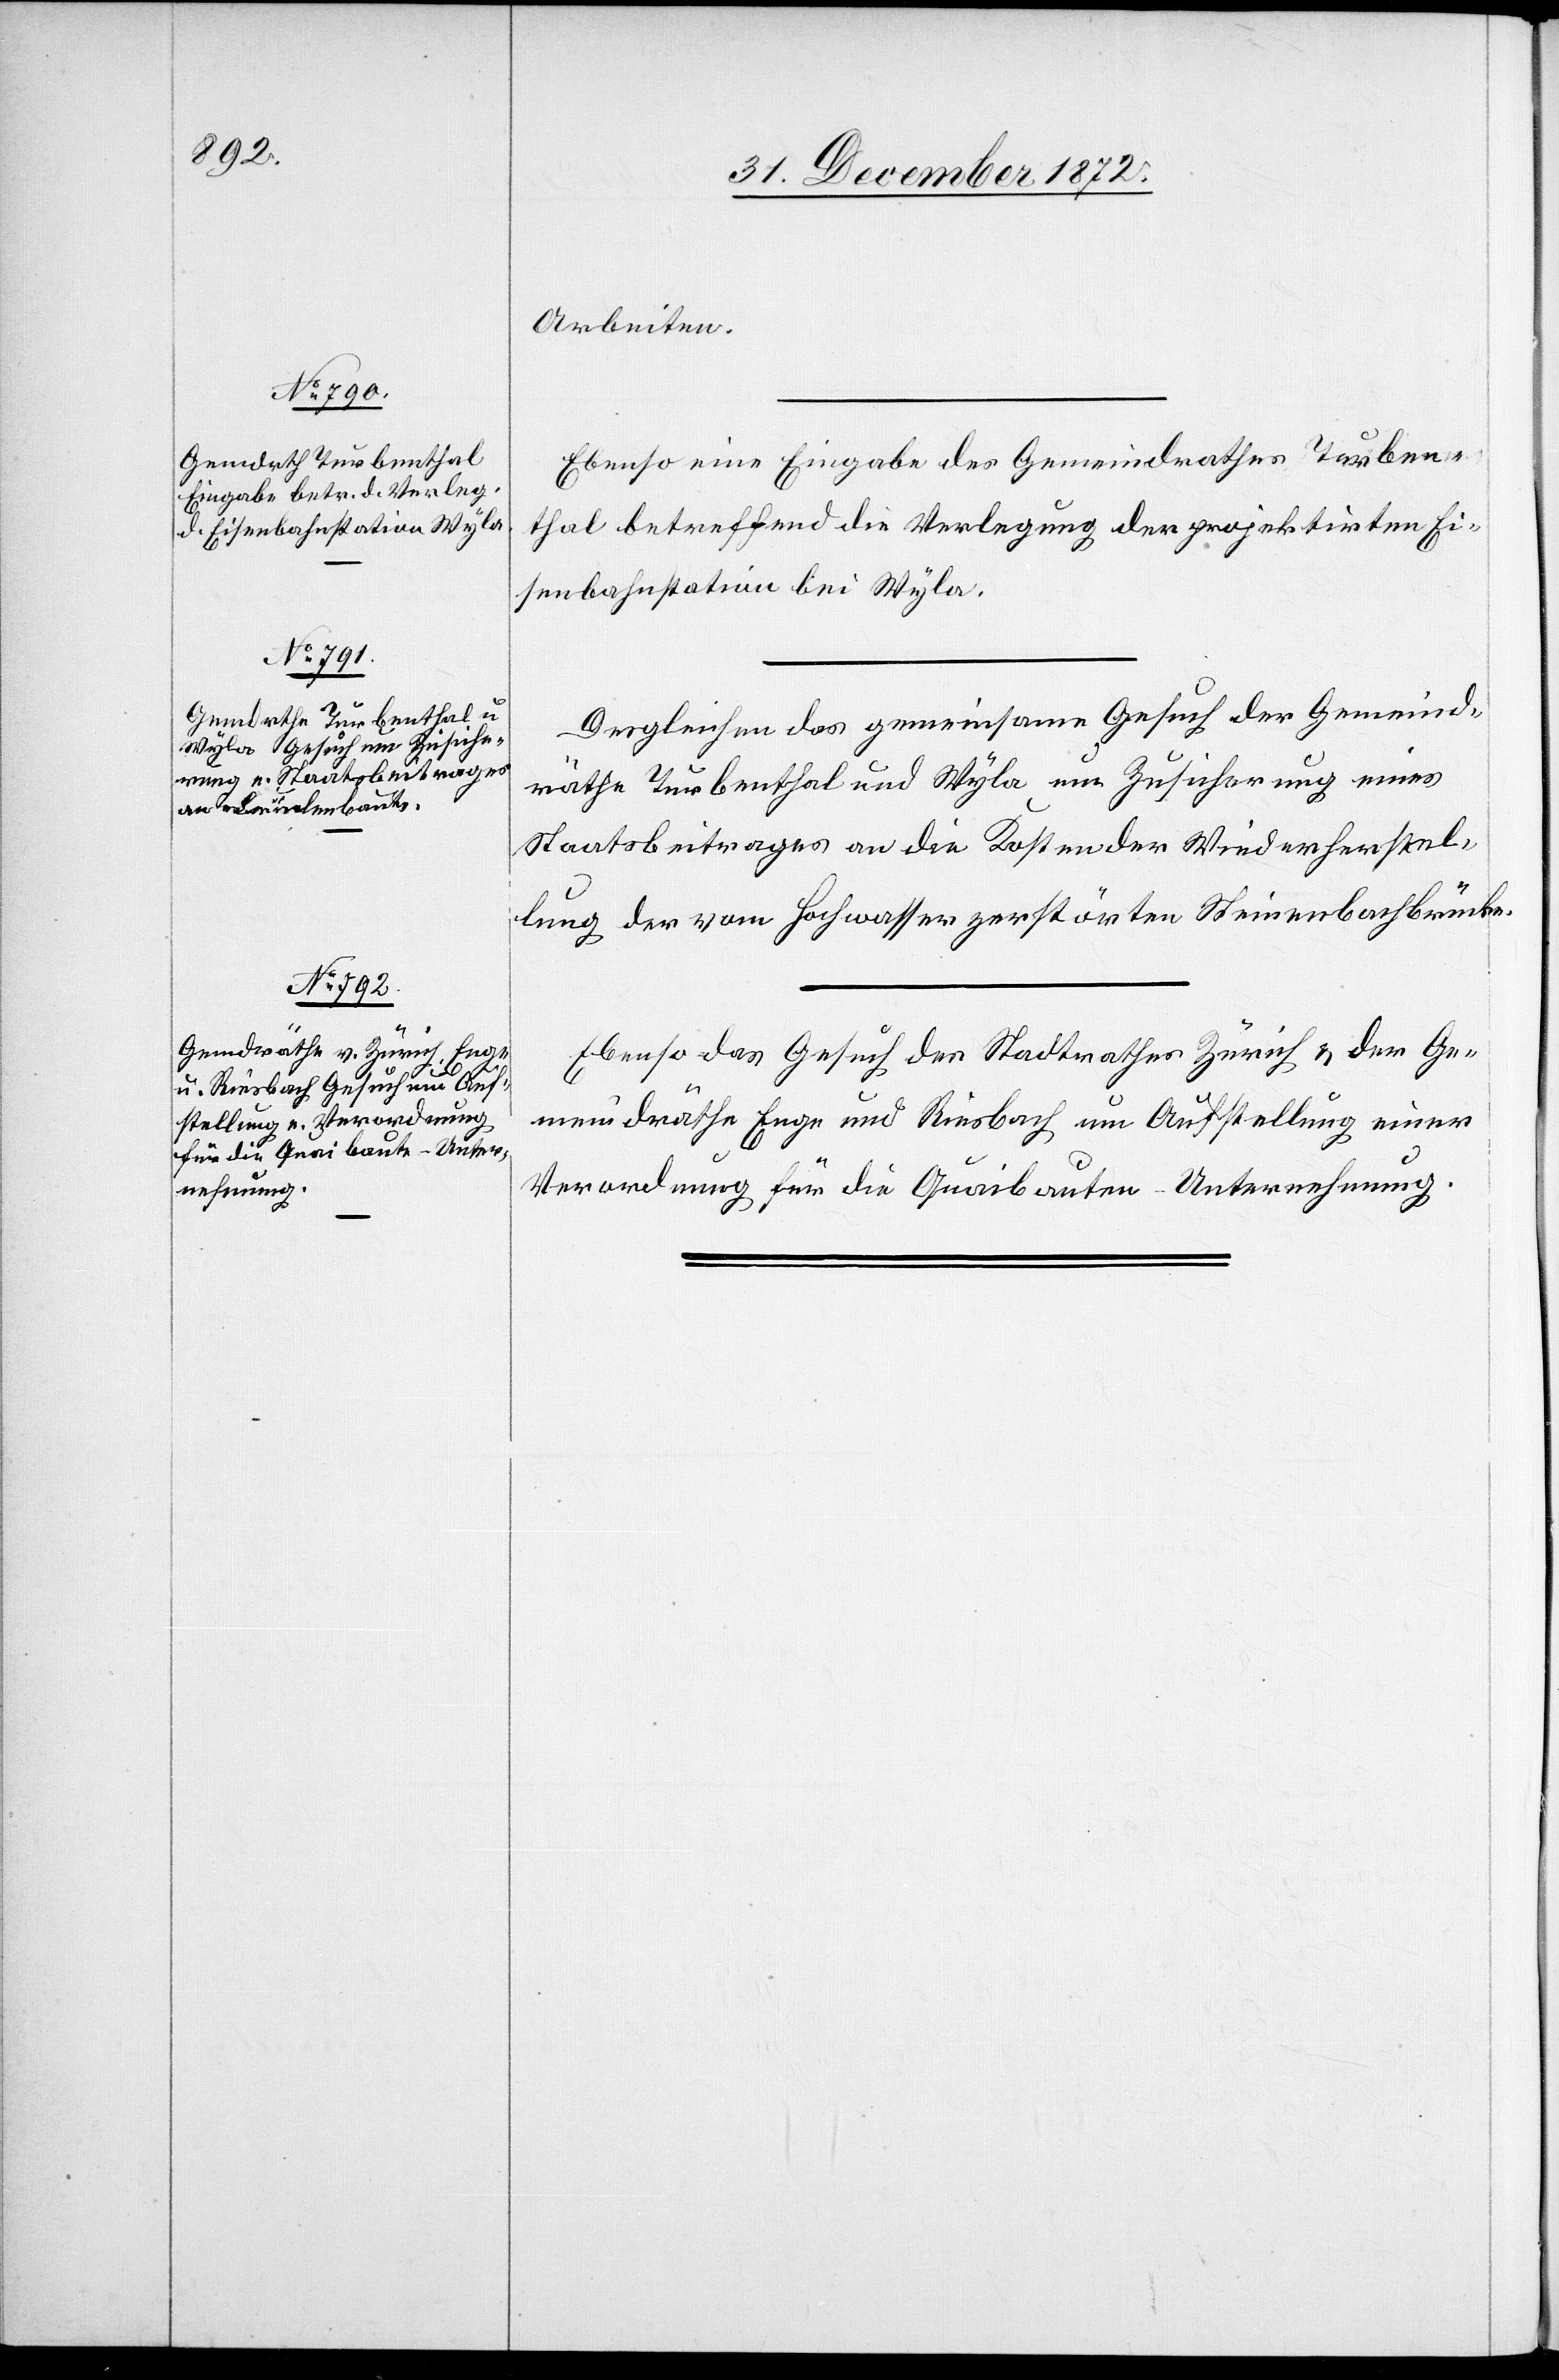
Arbeiten.
Ebenso eine Eingabe des Gemeindrathes Turben¬
thal betreffend die Verlegung der projektirten Ei¬
senbahnstation bei Wyla.
Desgleichen das gemeinsame Gesuch der Gemeind¬
räthe Turbenthal und Wyla um Zusicherung eines
Staatsbeitrages an die Kosten der Wiederherstel¬
lung der vom Hochwasser zerstörten Steinenbachbrücke.
Ebenso das Gesuch des Stadtrathes Zürich u. der Ge¬
meindräthe Enge und Riesbach um Aufstellung einer
Verordnung für die Quaibauten-Unternehmung.